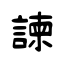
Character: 諫